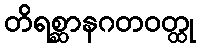
တိရစ္ဆာနဂတဝတ္ထု